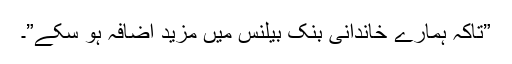
”تاکہ ہمارے خاندانی بنک بیلنس میں مزید اضافہ ہو سکے”۔